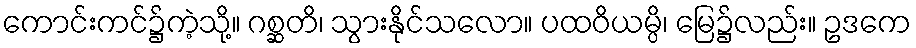
ကောင်းကင်၌ကဲ့သို့။ ဂစ္ဆတိ၊ သွားနိုင်သလော။ ပထဝိယမ္ပိ၊ မြေ၌လည်း။ ဥဒကေ